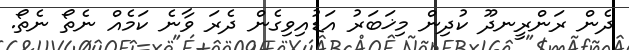
ދެން ރަންރީނދޫ ކުދިން މިޚަބަރު އަޑުއިވިގެން ދެރަ ވާނެ ކަމެއް ނެތޯ ނެތޯ.